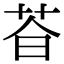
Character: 𬜩